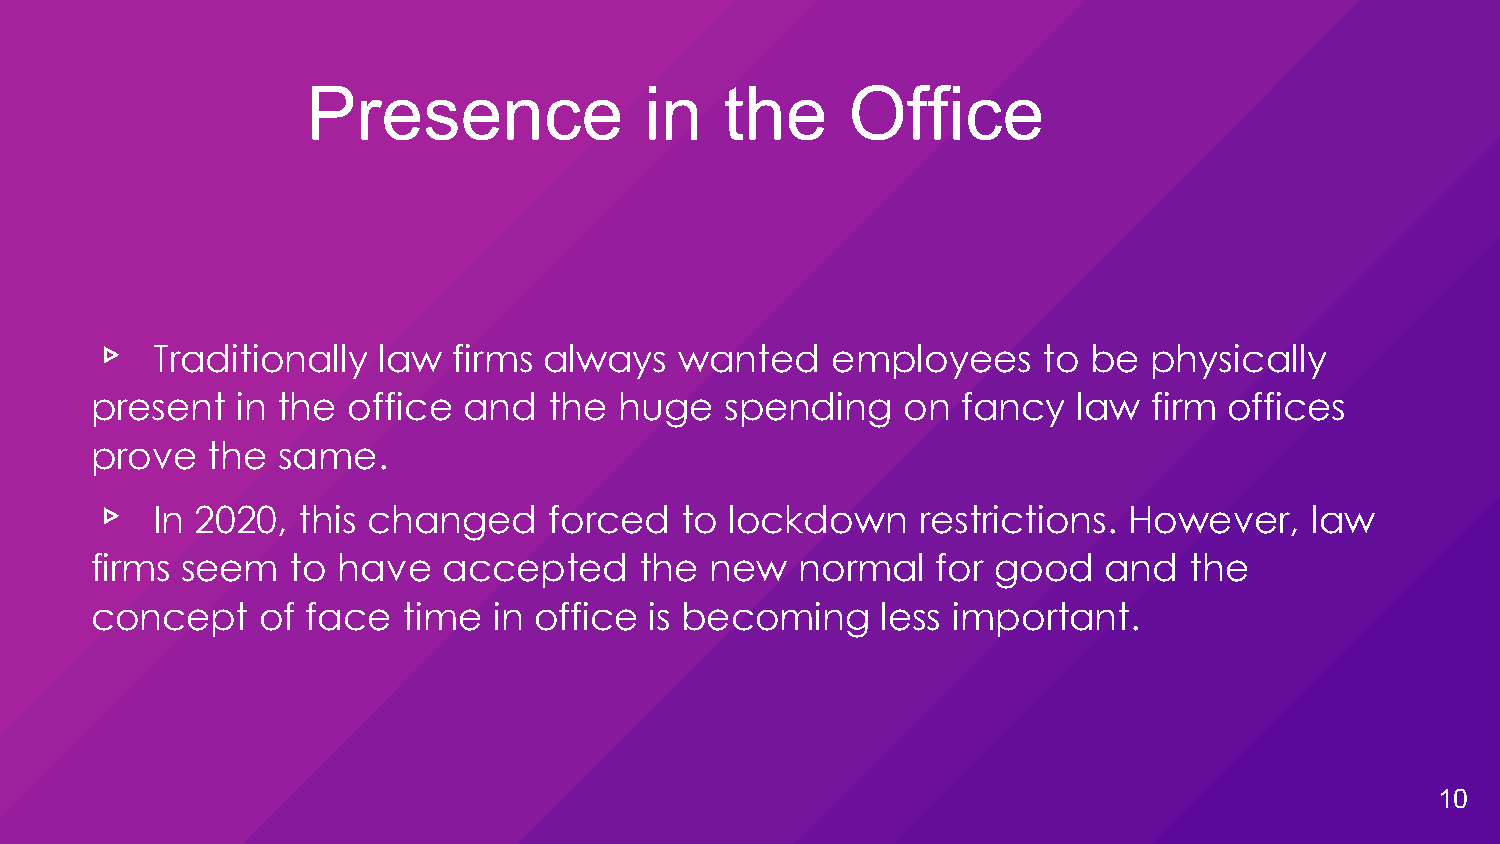
Presence               in   the     Office
 Traditionally  law  firms always   wanted    employees     to be  physically
 present   in the office  and  the  huge   spending    on  fancy  law  firm offices
 ▹prove  the same.
 In 2020,  this changed    forced   to lockdown     restrictions. However,    law
 firms seem   to have   accepted     the  new   normal   for good   and   the
 c▹oncept   of face   time  in office is becoming    less important.
 10